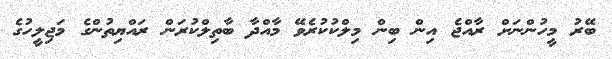
ބޭރު މީހުންނަށް ރާއްޖެ އިން ބިން މިލްކުކުރެވޭ މާއްދާ ބާތިލްކުރަން ރައްޔިތުންގެ މަޖިލީހުގެ